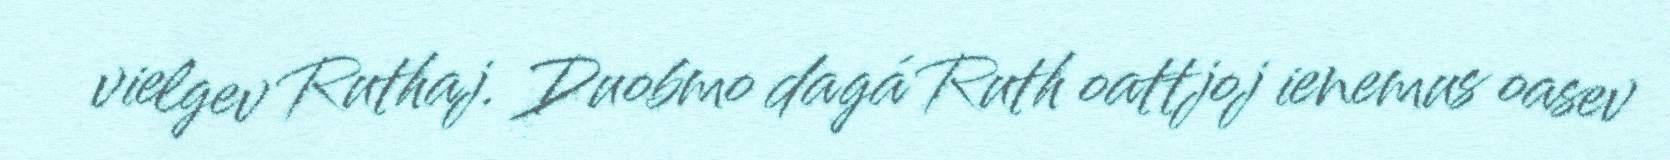
vielgev Ruthaj. Duobmo dagá Ruth oattjoj ienemus oasev